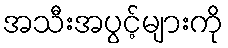
အသီးအပွင့်များကို